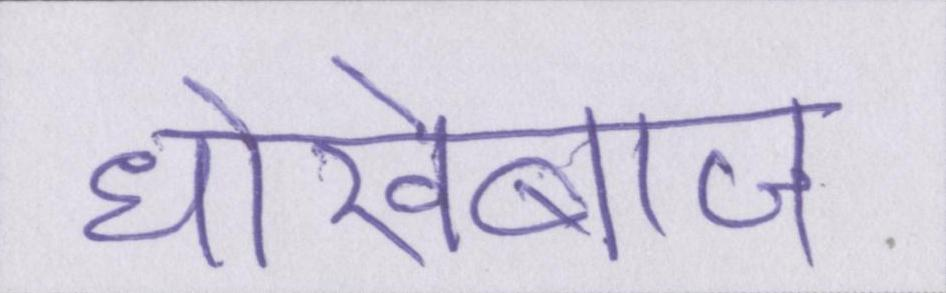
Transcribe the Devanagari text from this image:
धोखेबाज